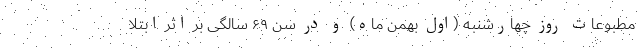
مطبوعات روز چهارشنبه (اول بهمن ماه) و در سن ۶۹ سالگی بر اثر ابتلا